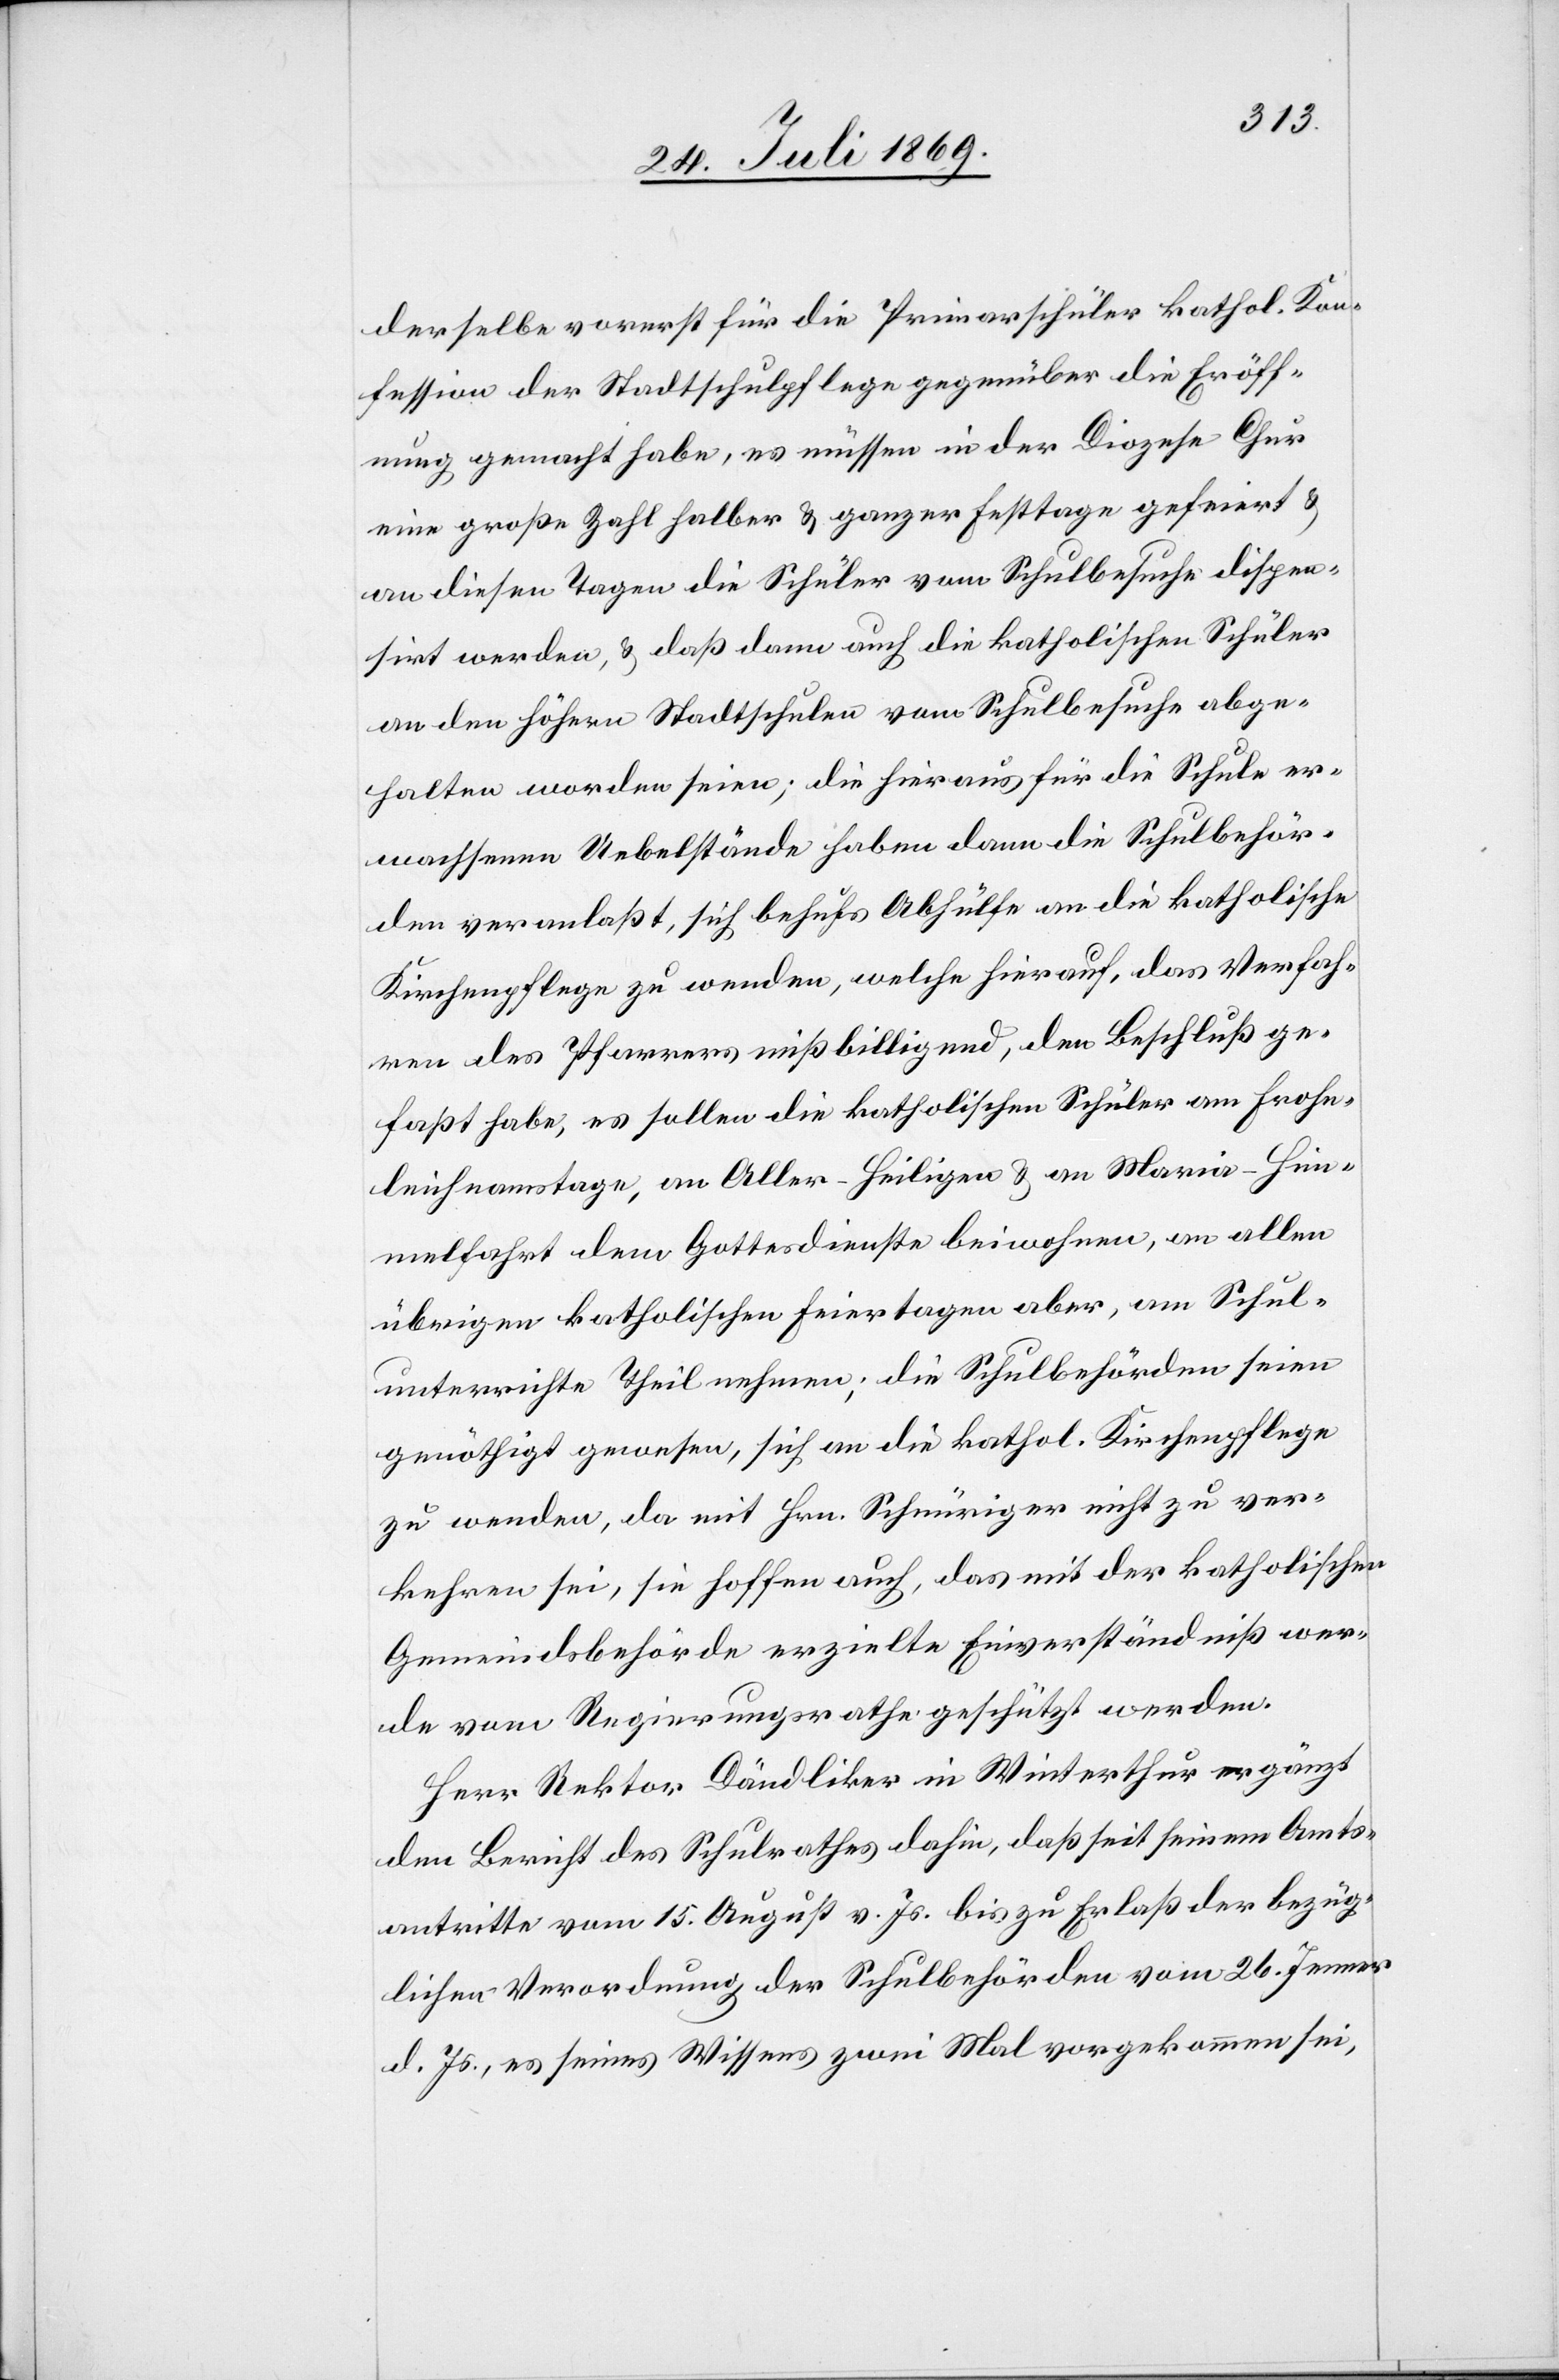
derselbe vorerst für die Primarschüler kathol. Kon¬
fession der Stadtschulpflege gegenüber die Eröff¬
nung gemacht habe, es müssen in der Diozese Chur
eine große Zahl halber u. ganzer Festtage gefeiert u.
an diesen Tagen die Schüler vom Schulbesuche dispen¬
sirt werden, u. daß dann auch die katholischen Schüler
an den höhern Stadtschulen vom Schulbesuche abge¬
halten worden seien; die hieraus für die Schule er¬
wachsenen Uebelstände haben dann die Schulbehör¬
den veranlaßt, sich behufs Abhülfe an die katholische
Kirchenpflege zu wenden, welche hierauf, das Verfah¬
ren des Pfarrers mißbilligend, dem Beschluß ge¬
faßt habe, es sollen die katholischen Schüler am Frohn¬
leichnamstage, am Aller-Heiligen u. an Maria-Him¬
melfahrt dem Gottesdienste beiwohnen, an allen
übrigen katholischen Feiertagen aber, am Schul¬
unterrichte Theil nehmen; die Schulbehörden seien
genöthigt gewesen, sich an die kathol. Kirchenpflege
zu wenden, da mit Hrn. Schnüriger nicht zu ver¬
kehren sei, sie hoffen auch, das mit der katholischen
Gemeindsbehörde erzielte Einverständniß wer¬
de vom Regierungsrathe geschützt werden.
Herr Rektor Dändliker in Winterthur ergänzt
den Bericht des Schulrathes dahin, daß seit seinem Amts¬
antritte vom 15. August v. Js. bis zu Erlaß der bezüg¬
lichen Verordnung der Schulbehörden vom 26. Jenner
d. Js., es seines Wissens zwei Mal vorgekommen sei,